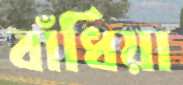
বাঁধিয়া